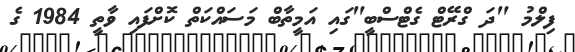
ފިލްމު "ދަ ގްރޭޓް ގެޓްސްބީ"ގައި އަމީތާބް މަސައްކަތް ކޮށްފައި ވާތީ 1984 ގެ